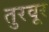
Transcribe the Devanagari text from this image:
तुरवूर